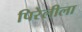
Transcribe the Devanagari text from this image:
पिरेलीला